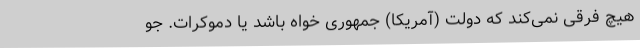
هیچ فرقی نمی‌کند که دولت (آمریکا) جمهوری خواه باشد یا دموکرات. جو